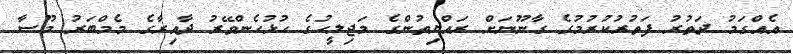
އެއްގަމު ދަތުރު ފަތުރުކުރުމުގެ ގާނޫނަށް ރައްޔިތުންގެ މަޖިލީހުގެ ހުޅުހެންވޭރު ދާއިރާގެ މެމްބަރު މޫސާ